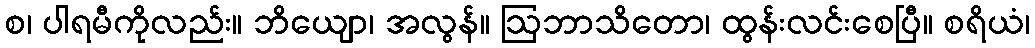
စ၊ ပါရမီကိုလည်း။ ဘိယျော၊ အလွန်။ ဩဘာသိတော၊ ထွန်းလင်းစေပြီ။ စရိယံ၊